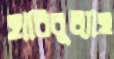
হাবিবুল্যাহ